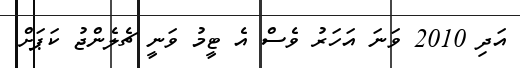
އަދި 2010 ވަނަ އަހަރު ވެސް އެ ޓީމު ވަނީ ޗެލެންޖު ކަޕަށް